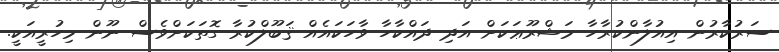
ސަރުކާރުން އިއުލާންކުރާހާ މަޝްރޫޢަކަށް އަދި ދައްކާހާ ވާހަކައެއް ޤަބޫލްކުރާ ގޮތަކަށްވެސް ނޫން މިހުރީއަކީ.